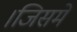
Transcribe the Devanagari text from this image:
।जिसमे